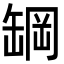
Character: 罁